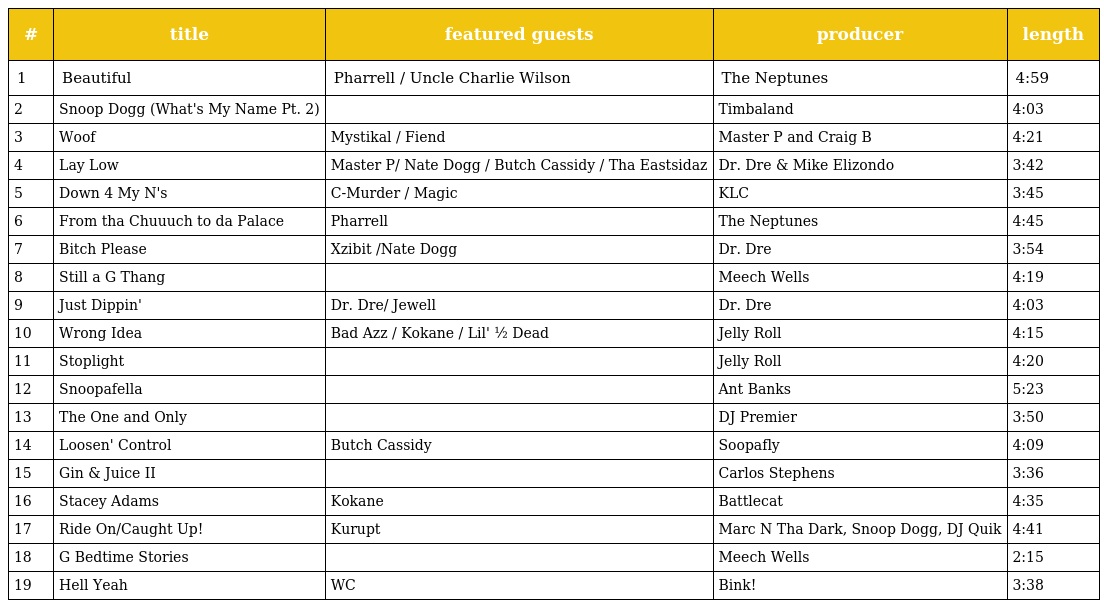
| # | title | featured guests | producer | length |
 | --- | --- | --- | --- | --- |
 | 1 | Beautiful | Pharrell / Uncle Charlie Wilson | The Neptunes | 4:59 |
 | 2 | Snoop Dogg (What's My Name Pt. 2) |  | Timbaland | 4:03 |
 | 3 | Woof | Mystikal / Fiend | Master P and Craig B | 4:21 |
 | 4 | Lay Low | Master P/ Nate Dogg / Butch Cassidy / Tha Eastsidaz | Dr. Dre & Mike Elizondo | 3:42 |
 | 5 | Down 4 My N's | C-Murder / Magic | KLC | 3:45 |
 | 6 | From tha Chuuuch to da Palace | Pharrell | The Neptunes | 4:45 |
 | 7 | Bitch Please | Xzibit /Nate Dogg | Dr. Dre | 3:54 |
 | 8 | Still a G Thang |  | Meech Wells | 4:19 |
 | 9 | Just Dippin' | Dr. Dre/ Jewell | Dr. Dre | 4:03 |
 | 10 | Wrong Idea | Bad Azz / Kokane / Lil' ½ Dead | Jelly Roll | 4:15 |
 | 11 | Stoplight |  | Jelly Roll | 4:20 |
 | 12 | Snoopafella |  | Ant Banks | 5:23 |
 | 13 | The One and Only |  | DJ Premier | 3:50 |
 | 14 | Loosen' Control | Butch Cassidy | Soopafly | 4:09 |
 | 15 | Gin & Juice II |  | Carlos Stephens | 3:36 |
 | 16 | Stacey Adams | Kokane | Battlecat | 4:35 |
 | 17 | Ride On/Caught Up! | Kurupt | Marc N Tha Dark, Snoop Dogg, DJ Quik | 4:41 |
 | 18 | G Bedtime Stories |  | Meech Wells | 2:15 |
 | 19 | Hell Yeah | WC | Bink! | 3:38 |